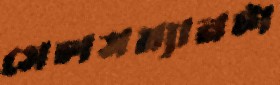
সেলসম্যানটা